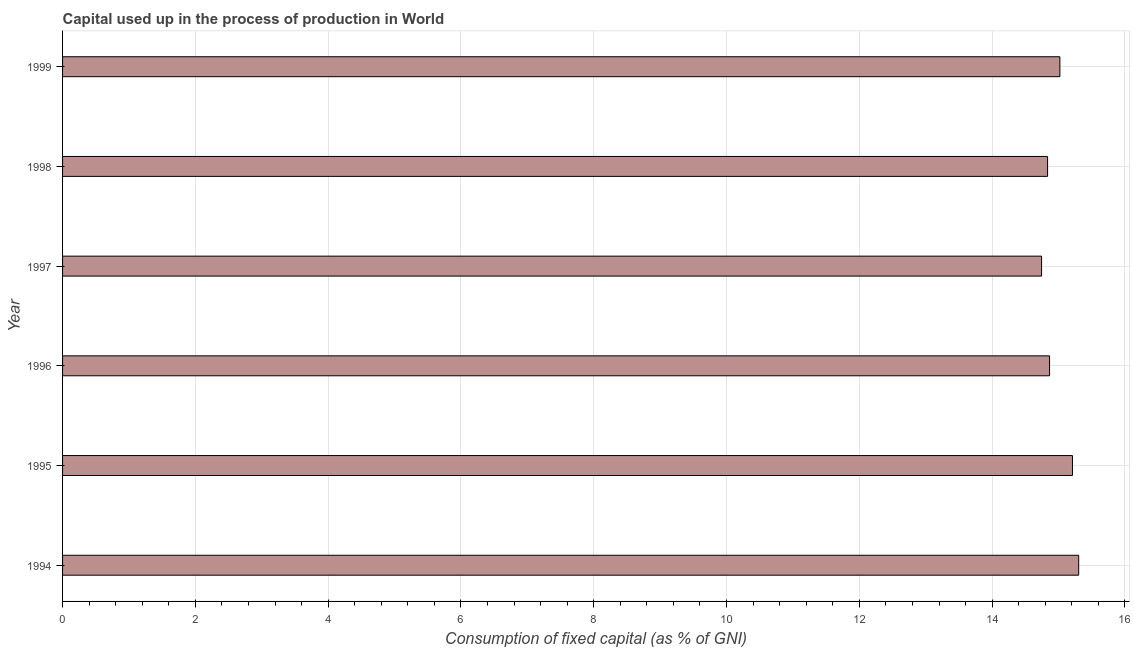
| Year | Consumption of fixed capital |
 | --- | --- |
 | 1994 | 15.3 |
 | 1995 | 15.2 |
 | 1996 | 14.9 |
 | 1997 | 14.7 |
 | 1998 | 14.8 |
 | 1999 | 15 |